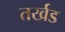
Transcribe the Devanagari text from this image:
तर्खड